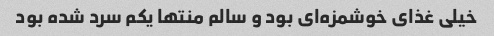
خیلی غذای خوشمزه‌ای بود و سالم منتها یکم سرد شده بود